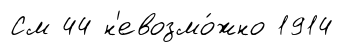
См 44 н'евозмо́жно 1914